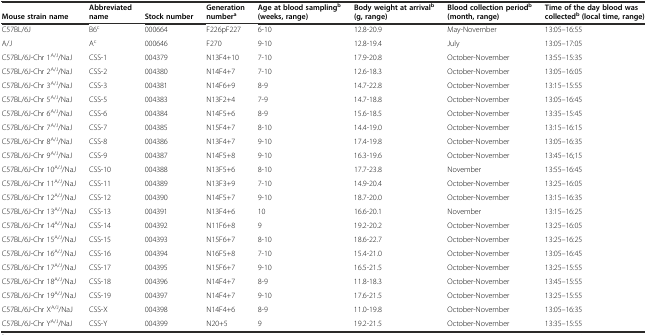
<table><thead><tr><td><b>Mouse strain name</b></td><td><b>Abbreviated name</b></td><td><b>Stock number</b></td><td><b>Generation number<sup>a</sup></b></td><td><b>Age at blood sampling<sup>b</sup>(weeks, range)</b></td><td><b>Body weight at arrival<sup>b</sup>(g, range)</b></td><td><b>Blood collection period<sup>b</sup>(month, range)</b></td><td><b>Time of the day blood was collected<sup>b</sup>(local time, range)</b></td></tr></thead><tbody><tr><td>C57BL/6J</td><td>B6<sup>c</sup></td><td>000664</td><td>F226pF227</td><td>6-10</td><td>12.8-20.9</td><td>May-November</td><td>13:05–16:55</td></tr><tr><td>A/J</td><td>A<sup>c</sup></td><td>000646</td><td>F270</td><td>9-10</td><td>12.8-19.4</td><td>July</td><td>13:05–17:05</td></tr><tr><td>C57BL/6J-Chr 1<sup>A/J</sup>/NaJ</td><td>CSS-1</td><td>004379</td><td>N13F4+10</td><td>7-10</td><td>17.9-20.8</td><td>October-November</td><td>13:55–15:35</td></tr><tr><td>C57BL/6J-Chr 2<sup>A/J</sup>/NaJ</td><td>CSS-2</td><td>004380</td><td>N14F4+7</td><td>7-10</td><td>12.6-18.3</td><td>October-November</td><td>13:05–16:05</td></tr><tr><td>C57BL/6J-Chr 3<sup>A/J</sup>/NaJ</td><td>CSS-3</td><td>004381</td><td>N14F6+9</td><td>8-9</td><td>14.7-22.8</td><td>October-November</td><td>13:15–15:55</td></tr><tr><td>C57BL/6J-Chr 5<sup>A/J</sup>/NaJ</td><td>CSS-5</td><td>004383</td><td>N13F2+4</td><td>7-9</td><td>14.7-18.8</td><td>October-November</td><td>13:05–16:45</td></tr><tr><td>C57BL/6J-Chr 6<sup>A/J</sup>/NaJ</td><td>CSS-6</td><td>004384</td><td>N14F5+6</td><td>8-9</td><td>15.6-18.5</td><td>October-November</td><td>13:35–15:45</td></tr><tr><td>C57BL/6J-Chr 7<sup>A/J</sup>/NaJ</td><td>CSS-7</td><td>004385</td><td>N15F4+7</td><td>8-10</td><td>14.4-19.0</td><td>October-November</td><td>13:15–16:15</td></tr><tr><td>C57BL/6J-Chr 8<sup>A/J</sup>/NaJ</td><td>CSS-8</td><td>004386</td><td>N13F4+7</td><td>9-10</td><td>17.4-19.8</td><td>October-November</td><td>13:05–16:35</td></tr><tr><td>C57BL/6J-Chr 9<sup>A/J</sup>/NaJ</td><td>CSS-9</td><td>004387</td><td>N14F5+8</td><td>9-10</td><td>16.3-19.6</td><td>October-November</td><td>13:45–16;15</td></tr><tr><td>C57BL/6J-Chr 10<sup>A/J</sup>/NaJ</td><td>CSS-10</td><td>004388</td><td>N13F5+6</td><td>8-10</td><td>17.7-23.8</td><td>November</td><td>13:55–16:45</td></tr><tr><td>C57BL/6J-Chr 11<sup>A/J</sup>/NaJ</td><td>CSS-11</td><td>004389</td><td>N13F3+9</td><td>7-10</td><td>14.9-20.4</td><td>October-November</td><td>13:25–16:05</td></tr><tr><td>C57BL/6J-Chr 12<sup>A/J</sup>/NaJ</td><td>CSS-12</td><td>004390</td><td>N14F5+7</td><td>9-10</td><td>18.7-20.0</td><td>October-November</td><td>13:15–16:35</td></tr><tr><td>C57BL/6J-Chr 13<sup>A/J</sup>/NaJ</td><td>CSS-13</td><td>004391</td><td>N13F4+6</td><td>10</td><td>16.6-20.1</td><td>November</td><td>13:15–16:25</td></tr><tr><td>C57BL/6J-Chr 14<sup>A/J</sup>/NaJ</td><td>CSS-14</td><td>004392</td><td>N11F6+8</td><td>9</td><td>19.2-20.2</td><td>October-November</td><td>13:25–16:05</td></tr><tr><td>C57BL/6J-Chr 15<sup>A/J</sup>/NaJ</td><td>CSS-15</td><td>004393</td><td>N15F6+7</td><td>8-10</td><td>18.6-22.7</td><td>October-November</td><td>13:25–16:25</td></tr><tr><td>C57BL/6J-Chr 16<sup>A/J</sup>/NaJ</td><td>CSS-16</td><td>004394</td><td>N16F5+8</td><td>7-10</td><td>15.4-21.0</td><td>October-November</td><td>13:05–16:45</td></tr><tr><td>C57BL/6J-Chr 17<sup>A/J</sup>/NaJ</td><td>CSS-17</td><td>004395</td><td>N15F6+7</td><td>9-10</td><td>16.5-21.5</td><td>October-November</td><td>13:25–15:55</td></tr><tr><td>C57BL/6J-Chr 18<sup>A/J</sup>/NaJ</td><td>CSS-18</td><td>004396</td><td>N14F4+7</td><td>8-9</td><td>11.8-18.3</td><td>October-November</td><td>13:45–15:55</td></tr><tr><td>C57BL/6J-Chr 19<sup>A/J</sup>/NaJ</td><td>CSS-19</td><td>004397</td><td>N14F4+7</td><td>9-10</td><td>17.6-21.5</td><td>October-November</td><td>13:25–15:55</td></tr><tr><td>C57BL/6J-Chr X<sup>A/J</sup>/NaJ</td><td>CSS-X</td><td>004398</td><td>N14F4+6</td><td>8-9</td><td>11.0-19.8</td><td>October-November</td><td>13:05–16:35</td></tr><tr><td>C57BL/6J-Chr Y<sup>A/J</sup>/NaJ</td><td>CSS-Y</td><td>004399</td><td>N20+5</td><td>9</td><td>19.2-21.5</td><td>October-November</td><td>13:35–15:55</td></tr></tbody></table>